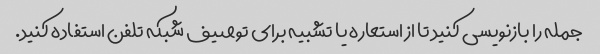
جمله را بازنویسی کنید تا از استعاره یا تشبیه برای توصیف شبکه تلفن استفاده کنید.